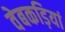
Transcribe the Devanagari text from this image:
वेबकड़ियां